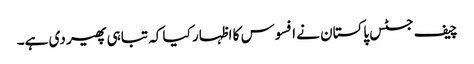
چیف جسٹس پاکستان نے افسوس کا اظہار کیا کہ تباہی پھیر دی ہے۔